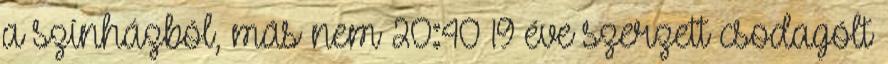
a színházból, más nem 20:40 19 éve szerzett csodagólt